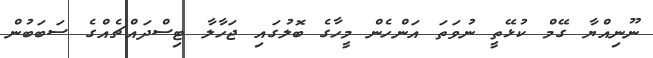
ނޫނިއްޔާ ގޭމް ކުޅޭތީ ނުވަތަ އަންހެން މީހާގެ ބޮލުގައި ޖަހާލާ ޓިސްދައްޗެއްގެ ސަބަބުން